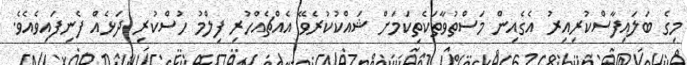
މިގެ ބަލައިފާސްކުރިއިރު އެގެއިން މަސްތުވާތަކެތިކަމަށް ޝައްކުކުރެވޭ އެއްޗެއްހުރި ފިލްމު ހުސްކުރި ދަޅެއް ފެނިފައިވެއެވެ.